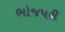
ભોજપરી